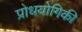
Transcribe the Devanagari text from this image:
प्रोधयोगिकी